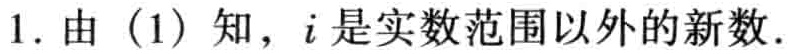
1. 由（1）知，$i$是实数范围以外的新数.